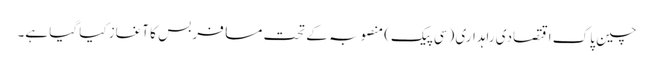
چین پاک اقتصادی راہداری (سی پیک) منصوبہ کے تحت مسافر بس کا آغاز کیا گیا ہے۔